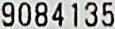
9084135